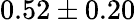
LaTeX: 0.52\pm 0.20